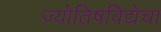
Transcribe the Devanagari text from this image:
ज्योतिषविद्येचा